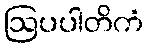
ဩပပါတိကံ